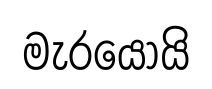
මැරයොයි